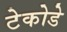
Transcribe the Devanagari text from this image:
टेकोडे